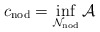
\begin{align*} c_\mathrm{nod} = \inf_{\mathcal{N}_{\mathrm{nod}}} \mathcal{A}\end{align*}